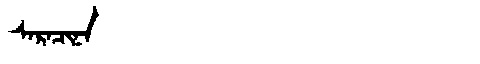
Manchu: ᠰᠠᡵᠠᠴᡳᠨᠠ
Romanization: SARACINA